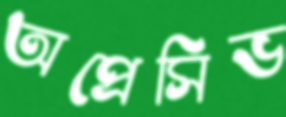
অপ্রেসিভ